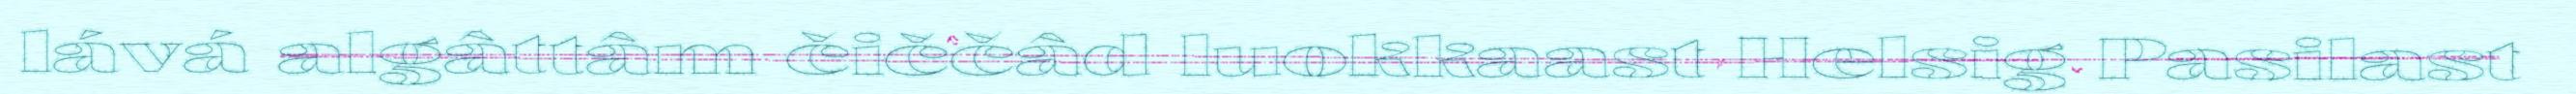
lává algâttâm čiččâd luokkaast Helsig Pasilast